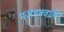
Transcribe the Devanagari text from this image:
मजहबवाले